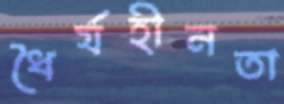
ধৈর্যহীনতা